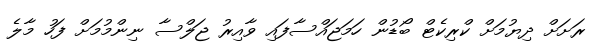
ރަށަށް ދިޔުމަށް ކްރިކެޓް ބޯޑުން ހަމަޖައްސާފައި ވާއިރު ޖަލްސާ ނިންމުމަށް ފަހު މާލެ